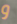
و